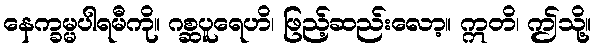
နေက္ခမ္မပါရမီကို။ ဂစ္ဆပူရေဟိ၊ ဖြည့်ဆည်းလော့။ ဣတိ၊ ဤသို့။